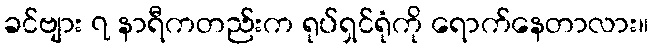
ခင်ဗျား ၇ နာရီကတည်းက ရုပ်ရှင်ရုံကို ရောက်နေတာလား။